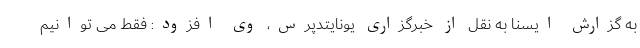
به گزارش ایسنا به نقل از خبرگزاری یونایتدپرس، وی افزود: فقط می توانیم